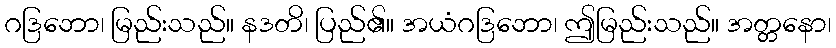
ဂဒြဘော၊ မြည်းသည်။ နဒတိ၊ ပြည်၏။ အယံဂဒြဘော၊ ဤမြည်းသည်။ အတ္တနော၊